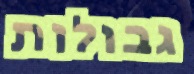
גבולות